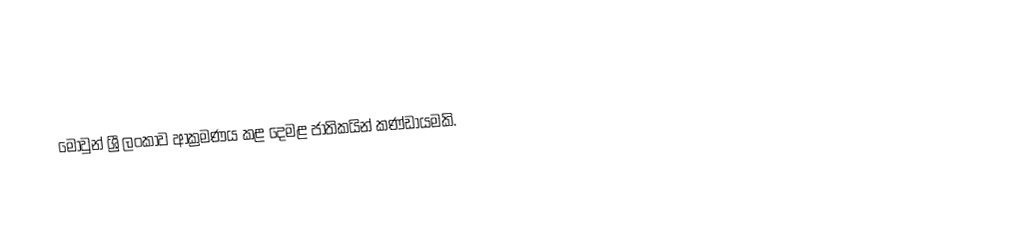
මොවුන් ශ්‍රී ලංකාව ආක්‍රමණය කළ දෙමළ ජාතිකයින් කණ්ඩායමකි.